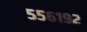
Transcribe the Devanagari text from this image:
५५६१९२